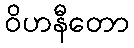
ဝိဟနီတော